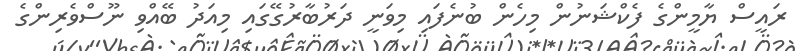
ރައީސް ޔާމީންގެ ފެކްޝަނުން މިހެން ބުނެފައި މިވަނީ ދަރުބާރުގޭގައި މިއަދު ބޭއްވި ނޫސްވެރިންގެ